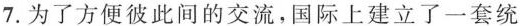
7.为了方便彼此间的交流，国际上建立了一套统